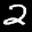
Label: 2